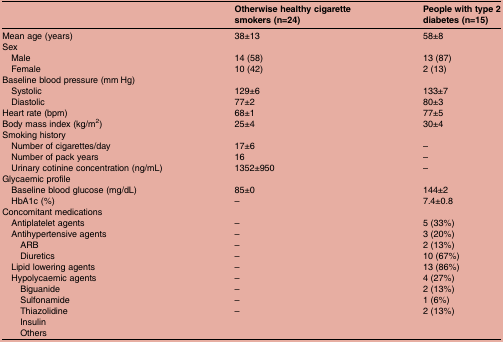
|  | Otherwise healthy cigarette smokers (n=24) | People with type 2 diabetes (n=15) |
 | --- | --- | --- |
 | Mean age (years) | 38±13 | 58±8 |
 | <COLSPAN=3> Sex |
 | Male | 14 (58) | 13 (87) |
 | Female | 10 (42) | 2 (13) |
 | <COLSPAN=3> Baseline blood pressure (mm Hg) |
 | Systolic | 129±6 | 133±7 |
 | Diastolic | 77±2 | 80±3 |
 | Heart rate (bpm) | 68±1 | 77±5 |
 | Body mass index (kg/m2) | 25±4 | 30±4 |
 | <COLSPAN=3> Smoking history |
 | Number of cigarettes/day | 17±6 | – |
 | Number of pack years | 16 | – |
 | Urinary cotinine concentration (ng/mL) | 1352±950 | – |
 | <COLSPAN=3> Glycaemic profile |
 | Baseline blood glucose (mg/dL) | 85±0 | 144±2 |
 | HbA1c (%) | – | 7.4±0.8 |
 | <COLSPAN=3> Concomitant medications |
 | Antiplatelet agents | – | 5 (33%) |
 | Antihypertensive agents | – | 3 (20%) |
 | ARB | – | 2 (13%) |
 | Diuretics | – | 10 (67%) |
 | Lipid lowering agents | – | 13 (86%) |
 | Hypolycaemic agents | – | 4 (27%) |
 | Biguanide | – | 2 (13%) |
 | Sulfonamide | – | 1 (6%) |
 | Thiazolidine | – | 2 (13%) |
 | Insulin |  |  |
 | Others |  |  |